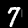
Label: 7